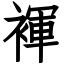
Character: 褌